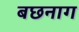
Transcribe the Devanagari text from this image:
बछनाग